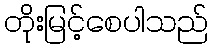
တိုးမြင့်စေပါသည်